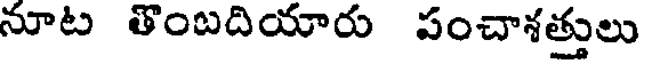
నూట తొంబదియారు పంచాశత్తులు